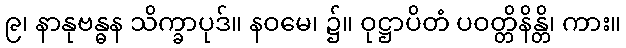
၉၊ နာနုဗန္ဓန သိက္ခာပုဒ်။ နဝမေ၊ ၌။ ဝုဋ္ဌာပိတံ ပဝတ္တိနိန္တိ၊ ကား။